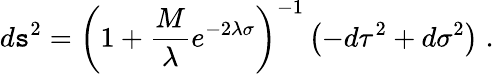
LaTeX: d\mathtt{s}^{2}={\left(1+{\frac{{M}}{{\lambda}}}e^{-2\lambda\sigma}\right)}^{-1}\left(-d\tau^{2}+d\sigma^{2}\right)\; .